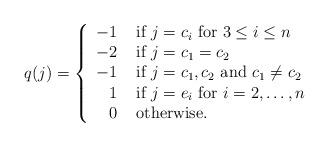
LaTeX: \begin{align*}q(j)= \left\{\begin{array}{rl} -1 & \mbox { if } j=c_i \mbox{ for }3\leq i\leq n\\ -2& \mbox{ if } j=c_1=c_2\\ -1 & \mbox{ if } j=c_1,c_2 \mbox{ and } c_1\not=c_2\\ 1& \mbox{ if } j=e_i \mbox{ for } i=2,\ldots ,n\\ 0 &\mbox{ otherwise. } \end{array} \right.\end{align*}